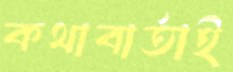
কথাবার্তাই